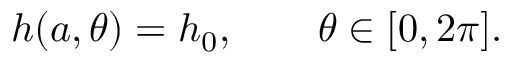
h ( a , \theta ) = h _ { 0 } , \qquad \theta \in [ 0 , 2 \pi ] .